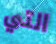
التي